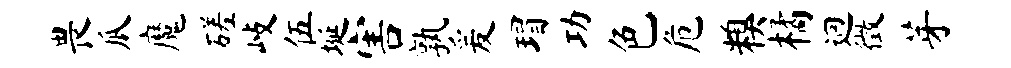
畏瓜魔磋歧伍埏害孰爰瑁功色危糗橘迥徵芽